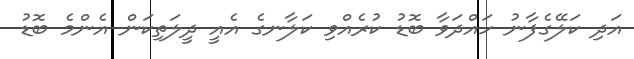
އަދި ކަލޭގެފާނު ހައްދަވާ ބޮޑު ކުރެއްވި ކަލާނގެ އެއީ ދީލަތިކަން އެންމެ ބޮޑު